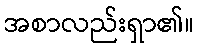
အစာလည်းရှာ၏။